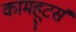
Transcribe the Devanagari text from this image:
कामहूटर्स